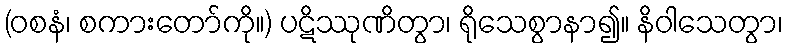
(ဝစနံ၊ စကားတော်ကို။) ပဋိဿုဏိတွာ၊ ရိုသေစွာနာ၍။ နိဝါသေတွာ၊